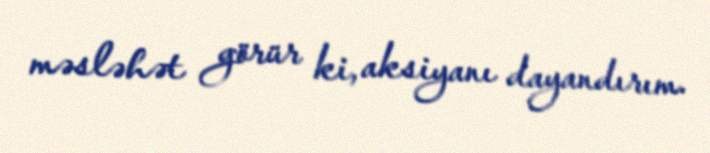
məsləhət görür ki, aksiyanı dayandırım.